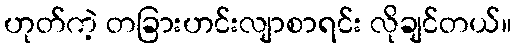
ဟုတ်ကဲ့ တခြားဟင်းလျာစာရင်း လိုချင်တယ်။